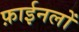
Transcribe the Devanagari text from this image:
फ़ाईनलों